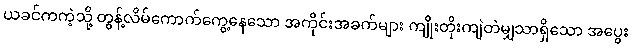
ယခင်ကကဲ့သို့ တွန့်လိမ်ကောက်ကွေ့နေသော အကိုင်းအခက်များ ကျိုးတိုးကျဲတဲမျှသာရှိသော အပွေး